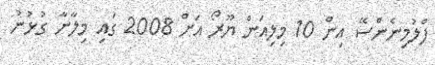
ފްލުމިނެންސޭ އިން 10 މިލިއަން ޔޫރޯ އަށް 2008 ގައި މިލާނާ ގުޅުނު